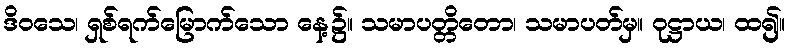
ဒိဝသေ၊ ရှစ်ရက်မြောက်သော နေ့၌။ သမာပတ္တိတော၊ သမာပတ်မှ။ ဝုဋ္ဌာယ၊ ထ၍။